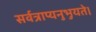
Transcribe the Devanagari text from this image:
सर्वत्राप्यनुभुयते।